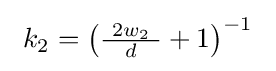
\ k_{2}=\left({\tfrac {\ 2w_{2}\ }{d}}+1\right)^{-1}\